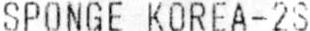
SPONGE KOREA-2S